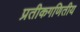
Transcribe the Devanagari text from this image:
प्रतीकगणितीय